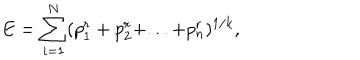
E = \sum _ { i = 1 } ^ { N } ( p _ { 1 } ^ { r } + p _ { 2 } ^ { r } + . . . + p _ { n } ^ { r } ) ^ { 1 / k } ,